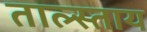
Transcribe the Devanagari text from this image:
ताल्स्ताय